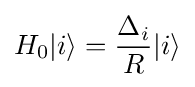
H_{0}|i\rangle ={\frac {\Delta _{i}}{R}}|i\rangle